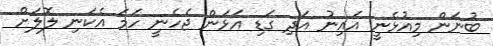
ބުނަން މިއުޅެނީ އައިނު އަދި ގަޑި އަޅަން ޖެހެނީ ހަމަ އެކަނި ލޮލަށް